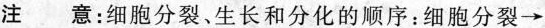
注意：细胞分裂、生长和分化的顺序：细胞分裂→